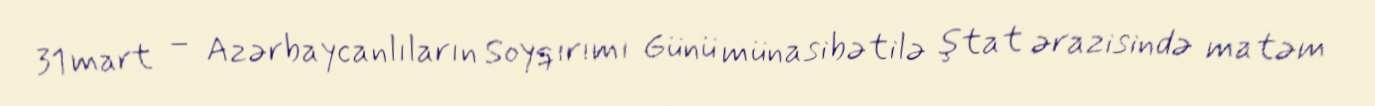
31 mart – Azərbaycanlıların Soyqırımı Günü münasibətilə ştat ərazisində matəm